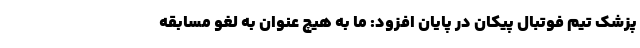
پزشک تیم فوتبال پیکان در پایان افزود: ما به هیچ عنوان به لغو مسابقه